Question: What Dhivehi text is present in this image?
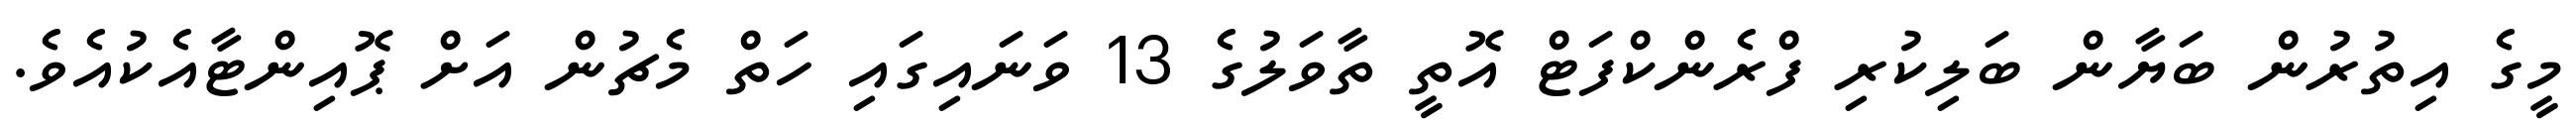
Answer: މީގެ އިތުރުން ބަޔާން ބަލިކުރި ފްރެންކްފަޓް އޮތީ ތާވަލުގެ 13 ވަނައިގައި ހަތް މެޗުން އަށް ޕޮއިންޓާއެކުއެވެ.